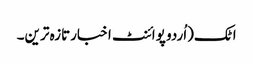
اٹک(اُردو پوائنٹ اخبارتازہ ترین۔